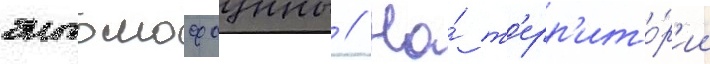
энтомофауны // На́ т'ерр'ито́р'ии